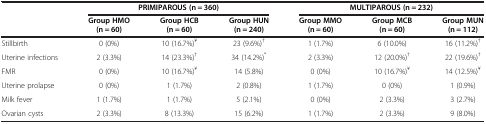
|  | <COLSPAN=3> PRIMIPAROUS (n = 360) | <COLSPAN=3> MULTIPAROUS (n = 232) |
 |  | Group HMO (n = 60) | Group HCB (n = 60) | Group HUN (n = 240) | Group MMO (n = 60) | Group MCB (n = 60) | Group MUN (n = 112) |
 | --- | --- | --- | --- | --- | --- | --- |
 | Stillbirth | 0 (0%) | 10 (16.7%)¥ | 23 (9.6%)† | 1 (1.7%) | 6 (10.0%) | 16 (11.2%)† |
 | Uterine infections | 2 (3.3%) | 14 (23.3%)† | 34 (14.2%)* | 2 (3.3%) | 12 (20.0%)† | 22 (19.6%)† |
 | FMR | 0 (0%) | 10 (16.7%)¥ | 14 (5.8%) | 0 (0%) | 10 (16.7%)¥ | 14 (12.5%)¥ |
 | Uterine prolapse | 0 (0%) | 1 (1.7%) | 2 (0.8%) | 1 (1.7%) | 0 (0%) | 1 (0.9%) |
 | Milk fever | 1 (1.7%) | 1 (1.7%) | 5 (2.1%) | 0 (0%) | 2 (3.3%) | 3 (2.7%) |
 | Ovarian cysts | 2 (3.3%) | 8 (13.3%) | 15 (6.2%) | 1 (1.7%) | 2 (3.3%) | 9 (8.0%) |